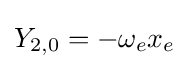
Y_{2,0}=-\omega _{e}x_{e}